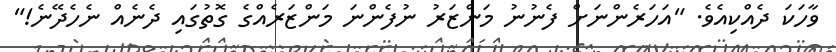
ވާހަކަ ދެއްކިއެވެ. "އަހަރެންނަށް ފެނުނު މަންޒަރު ނުފެންނަ މަންޒަރެއްގެ ގޮތުގައި ދެނެއް ނެހެދޭނެ!"